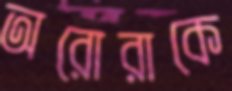
অরোরাকে